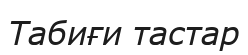
Табиғи тастар